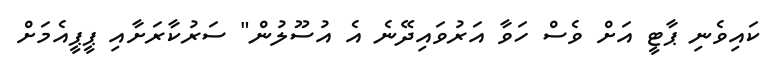
ކައިވެނި ޕާޓީ އަށް ވެސް ހަވާ އަރުވައިދޭނެ އެ އުސޫލުން" ސަރުކާރަށާއި ޕީޕީއެމަށް